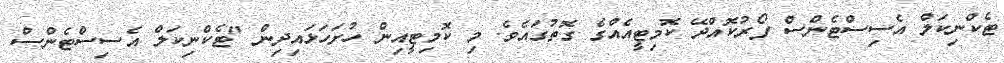
ޓެކްނިކަލް އެސިސްޓެންސް ފޯރުކޮއްދޭ ކޮމިޓީއެއްގެ ގޮތުގައެވެ. މި ކޮމިޓީއިން ހުށަހަޅައިދިން "ޓެކްނިކަލް އެސިސްޓެންސް